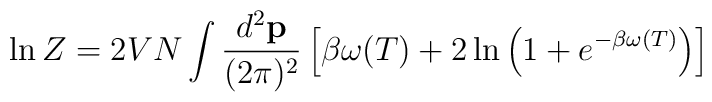
\ln Z = 2VN \int {d^2 {\bf p} \over (2 \pi)^2} \left[ \beta \omega (T)+ 2 \ln \left( 1 + e^{- \beta \omega (T)} \right) \right]